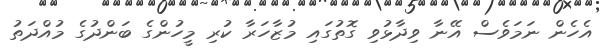
އެހެން ނަމަވެސް އޭނާ ވިދާޅުވި ގޮތުގައި މުޒާހަރާ ކުރި މީހުންގެ ބަންދުގެ މުއްދަތު